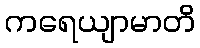
ကရေယျာမာတိ